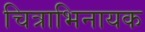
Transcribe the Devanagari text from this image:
चित्राभिनायक